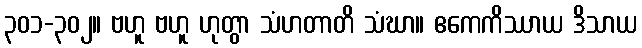
၃၀၁-၃၀၂။ ဗဟူ ဗဟူ ဟုတွာ သံဟတာတိ သံဃာ။ ဧကေကိဿာယ ဒိသာယ